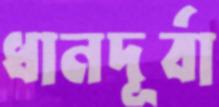
ধানদূর্বা